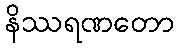
နိဿရဏတော